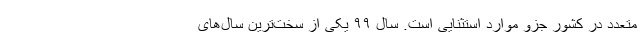
متعدد در کشور جزو موارد استثنایی است. سال ۹۹ یکی از سخت‌ترین سال‌های